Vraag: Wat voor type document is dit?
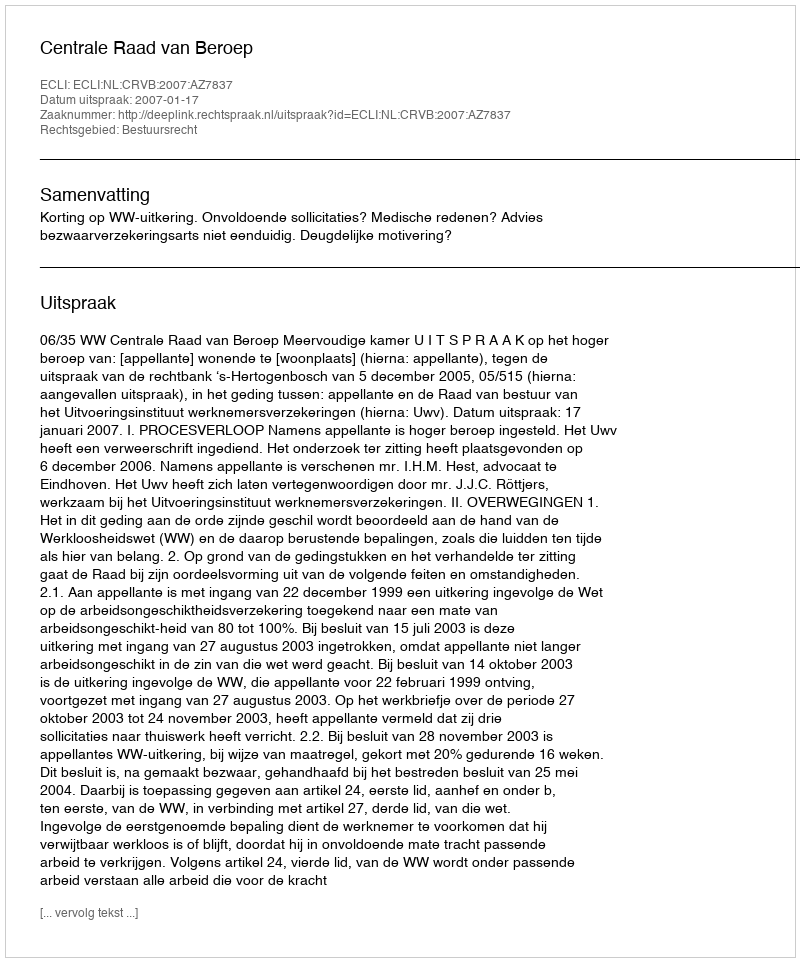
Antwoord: Uitspraak